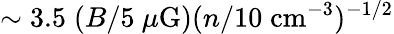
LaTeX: \sim 3.5\; (B/5~\mu\mathrm{G})(n/10\; \mathrm{cm}^{-3})^{-1/2}